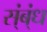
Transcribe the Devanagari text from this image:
स्ंब्ंध